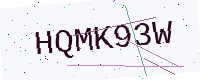
Text: HQMK93W